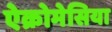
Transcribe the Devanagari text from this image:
ऐक्रोमेसिया